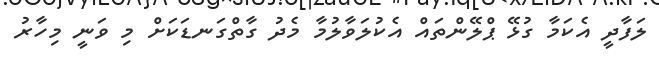
ލަފާދީ އެކަމާ ގުޅޭ ޕްލޭންތައް އެކުލަވާލުމާ މެދު ގާތްގަނޑަކަށް މި ވަނީ މިހާރު